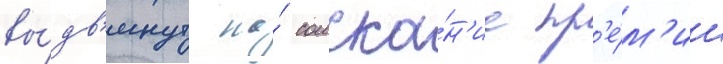
вы́дв'инут на́ соиска́н'ие пр'е́м'ии